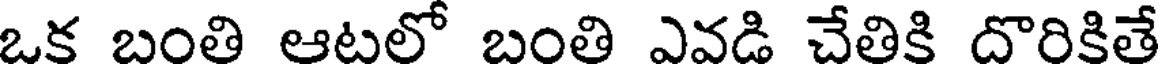
ఒక బంతి ఆటలో బంతి ఎవడి చేతికి దొరికితే